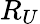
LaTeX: R_{U}